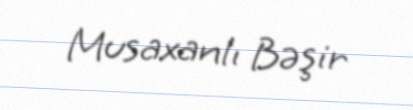
Musaxanlı Bəşir